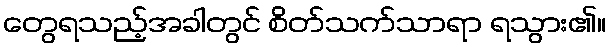
တွေရသည့်အခါတွင် စိတ်သက်သာရာ ရသွား၏။